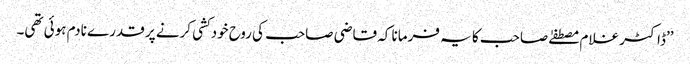
’’ڈاکٹر غلام مصطفےٰ صاحب کا یہ فرمانا کہ قاضی صاحب کی روح خودکشی کرنے پر قدرے نادم ہوئی تھی۔